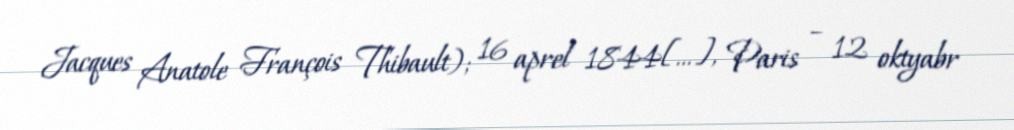
Jacques Anatole François Thibault); 16 aprel 1844[…], Paris – 12 oktyabr